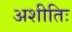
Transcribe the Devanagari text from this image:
अशीतिः